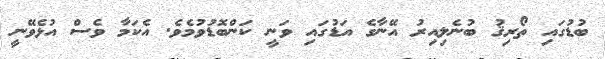
ބުޑުގައި ތޯރިޤު ބުނެލިއިރު އޭނާގެ އަޑުގައި ވަނީ ކަންބޮޑުވުމެވެ. އެކަމާ ވެސް އުޅެވޭނީ